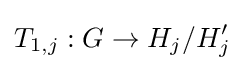
T_{1,j}:G\to H_{j}/H_{j}'